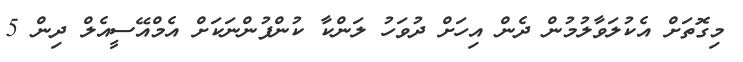
މިގޮތަށް އެކުލަވާލުމުން ދެން އިހަށް ދުވަހު ލަންކާ ކުންފުންނަކަށް އެމްއޭސީއެލް ދިން 5